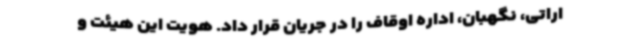
اراتی، نگهبان، اداره اوقاف را در جریان قرار داد. هویت این هیئت و